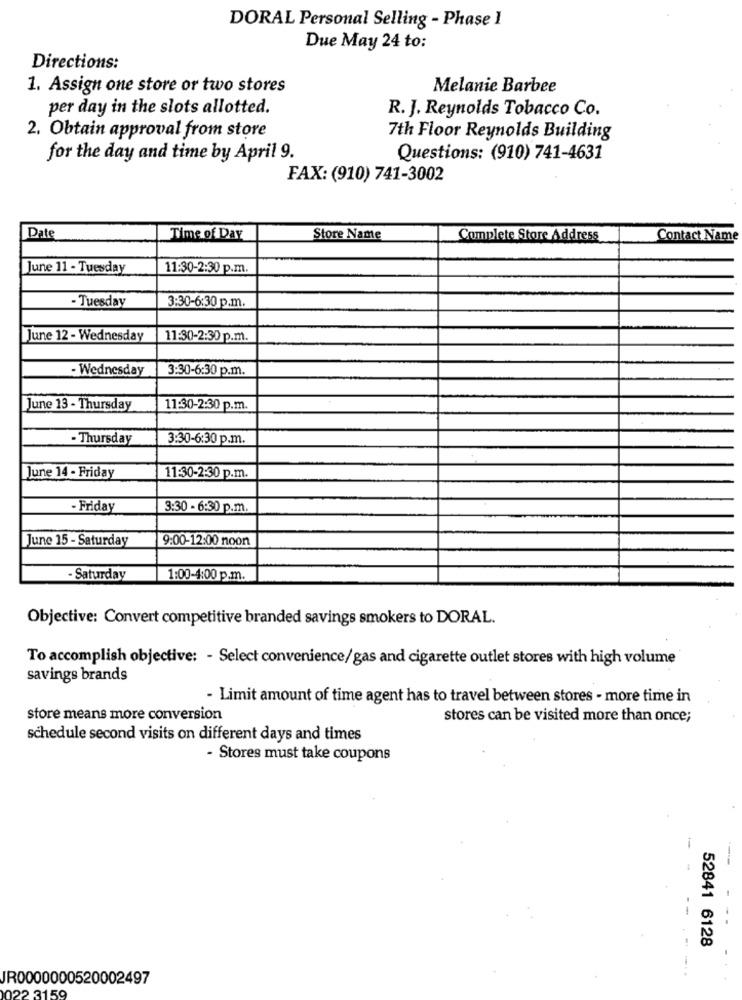
DORAL Personal Selling - Phase 1
Due May 24 to:
Directions:
1. Assign one store or two stores
Melanie Barbee
per day in the slots allotted.
R. J. Reynolds Tobacco Co.
2. Obtain approval from store
7th Floor Reynolds Building
for the day and time by April 9.
Questions: (910) 741-4631
FAX: (910) 741-3002
Date
Time of Day
Store Name
Complete Store Address
Contact Name
June 11 - Tuesday
11:30-2:30 p.m.
3:30-6:30 p.m.
- Tuesday
June 12 - Wednesday
11:30-2:30 p.m.
- Wednesday
3:30-6:30 p.m.
June 13 - Thursday
11:30-2:30 p.m.
- Thursday
3:30-6:30 p.m.
June 14 - Friday
11:30-2:30 p.m.
- Friday
3:30 - 6:30 p.m.
June 15 - Saturday
9:00-12:00 noon
- Saturday
1:00-4:00 p.m.
Objective: Convert competitive branded savings smokers to DORAL.
To accomplish objective: - Select convenience/gas and cigarette outlet stores with high volume
savings brands
- Limit amount of time agent has to travel between stores - more time in
store means more conversion
stores can be visited more than once;
schedule second visits on different days and times
- Stores must take coupons
--
---
52841 6128
--
JR0000000520002497
122 3159